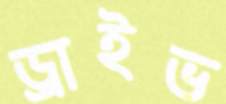
ড্রাইভ